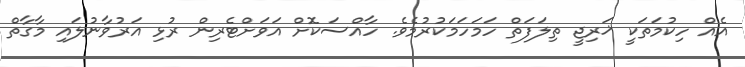
އެއް ހިކުމަތަކީ ޚަރިޖީ ތިލަފަތް ހަމަހަމަކުރުމެވެ. ހާއްސަކޮށް އަވަށްޓެރިން ރުޅި އަރުވާނުލައި މާގާތް